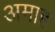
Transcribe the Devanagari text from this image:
अमाह